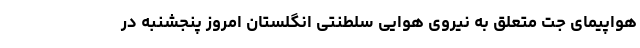
هواپیمای جت متعلق به نیروی هوایی سلطنتی انگلستان امروز پنجشنبه در